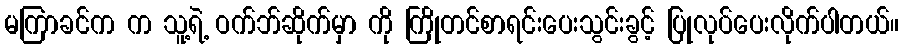
မကြာခင်က က သူ့ရဲ့ ဝက်ဘ်ဆိုက်မှာ ကို ကြိုတင်စာရင်းပေးသွင်းခွင့် ပြုလုပ်ပေးလိုက်ပါတယ်။